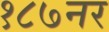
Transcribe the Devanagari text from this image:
१८७नर